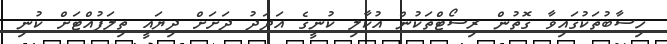
ހިސާބުތަކުގައިވާ ގޮތުން ރިސޯޓްތަކުން އުކާލި ކުނީގެ އަދަދު ދަށަށް ދިޔައީ ތިލަފުއްޓަށް ކުނި